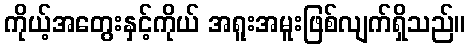
ကိုယ့်အတွေးနှင့်ကိုယ် အရူးအမူးဖြစ်လျက်ရှိသည်။